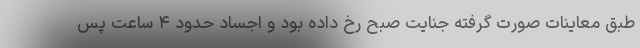
طبق معاینات صورت گرفته جنایت صبح رخ داده بود و اجساد حدود ۴ ساعت پس